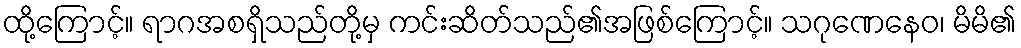
ထို့ကြောင့်။ ရာဂအစရှိသည်တို့မှ ကင်းဆိတ်သည်၏အဖြစ်ကြောင့်။ သဂုဏေနေဝ၊ မိမိ၏